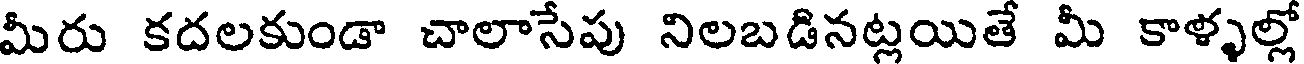
మీరు కదలకుండా చాలాసేపు నిలబడినట్లయితే మీ కాళ్ళల్లో